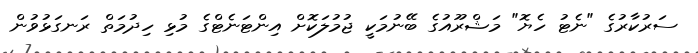
ސަރުކާރުގެ "ނެޓު ހެޔޮ" މަޝްރޫއުގެ ބޭނުމަކީ ޖުމުލަކޮށް އިންޓަނެޓްގެ މުޅި ހިދުމަތް ރަނގަޅުވުން